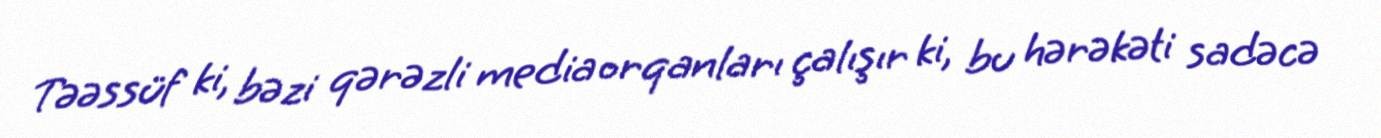
Təəssüf ki, bəzi qərəzli media orqanları çalışır ki, bu hərəkəti sadəcə